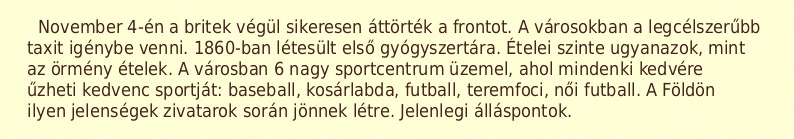
November 4-én a britek végül sikeresen áttörték a frontot. A városokban a legcélszerűbb taxit igénybe venni. 1860-ban létesült első gyógyszertára. Ételei szinte ugyanazok, mint az örmény ételek. A városban 6 nagy sportcentrum üzemel, ahol mindenki kedvére űzheti kedvenc sportját: baseball, kosárlabda, futball, teremfoci, női futball. A Földön ilyen jelenségek zivatarok során jönnek létre. Jelenlegi álláspontok.